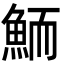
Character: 鮞